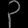
Digit: ၃